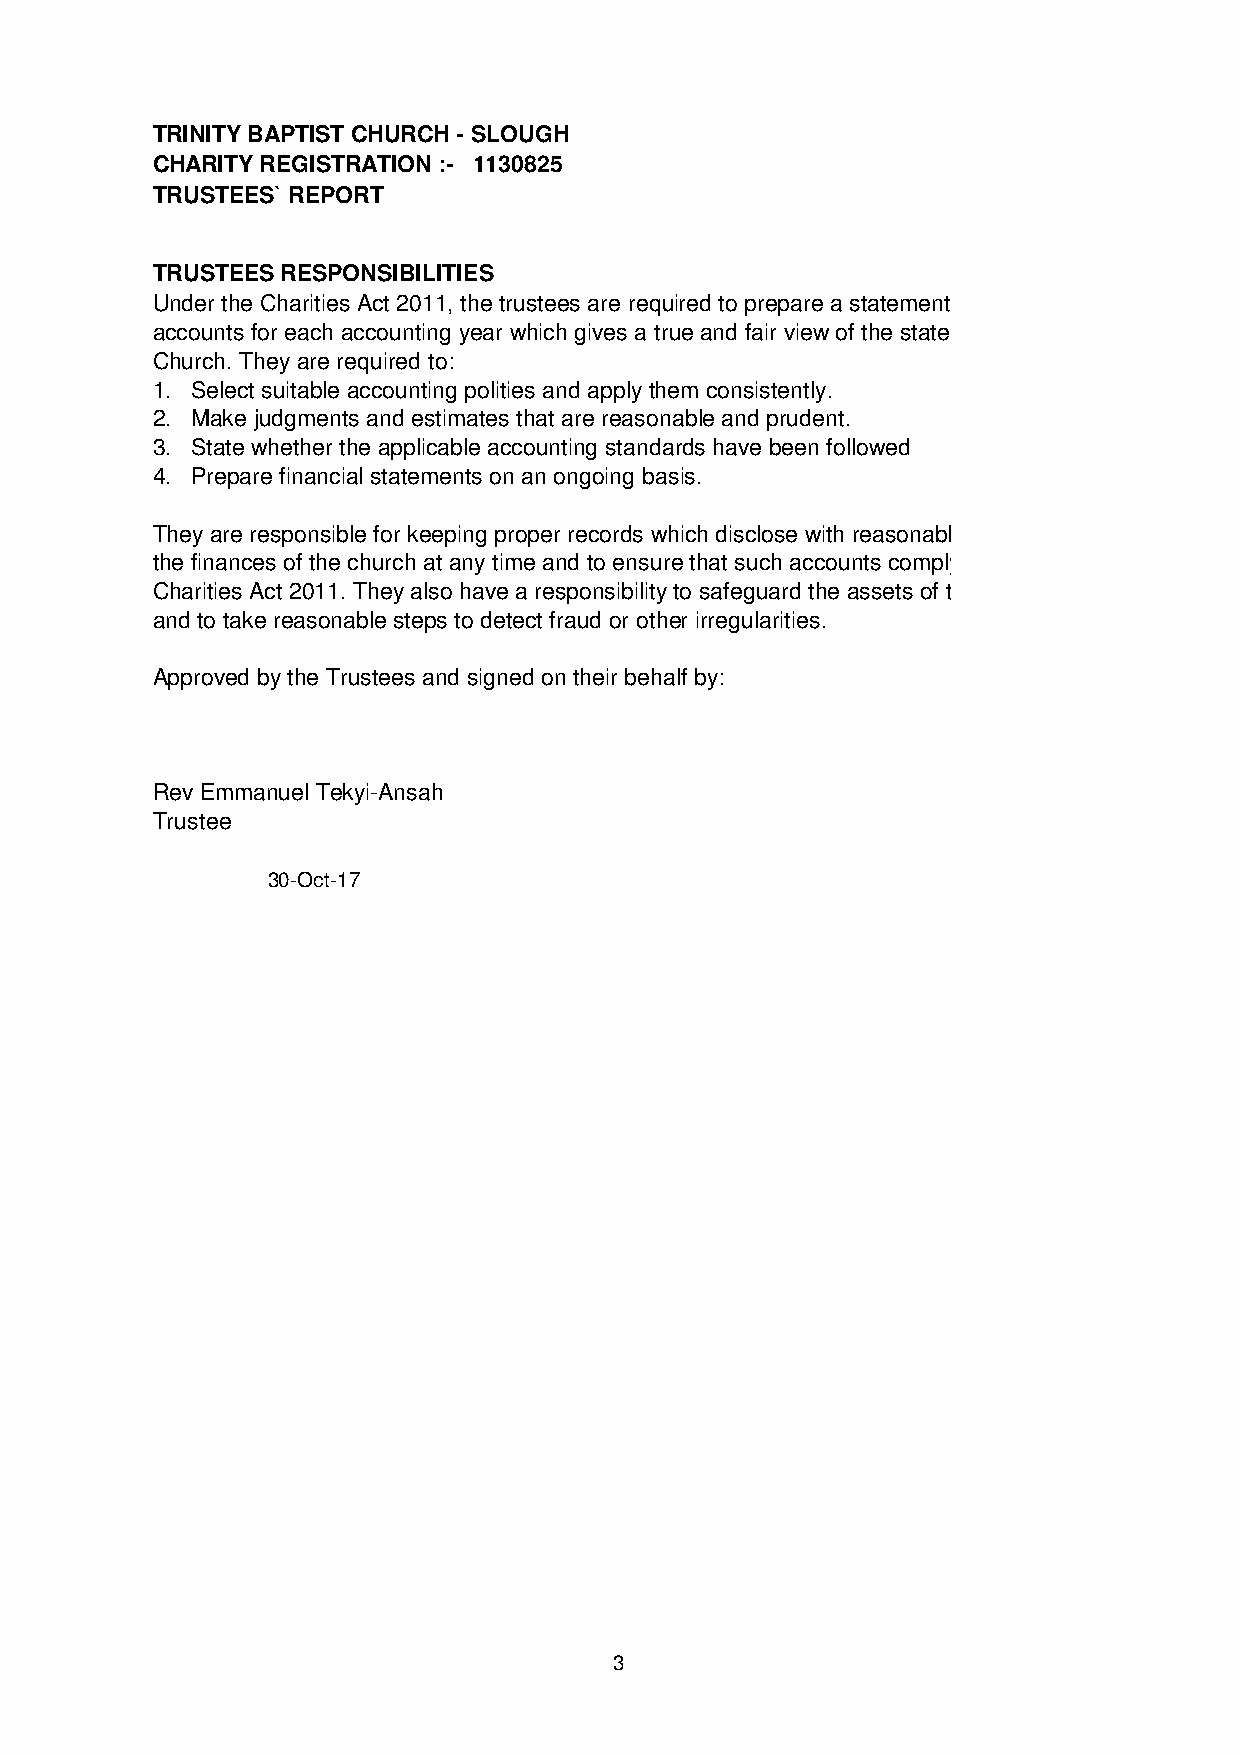
TRINITY BAPTIST CHURCH - SLOUGH
 CHARITY REGISTRATION :- 1130825
 TRUSTEES` REPORT
 TRUSTEES RESPONSIBILITIES
 Under the Charities Act 2011, the trustees are required to prepare a statement of
 accounts for each accounting year which gives a true and fair view of the state of the
 Church. They are required to:
 1. Select suitable accounting polities and apply them consistently.
 2. Make judgments and estimates that are reasonable and prudent.
 3. State whether the applicable accounting standards have been followed
 4. Prepare financial statements on an ongoing basis.
 They are responsible for keeping proper records which disclose with reasonable accuracy
 the finances of the church at any time and to ensure that such accounts comply with the
 Charities Act 2011. They also have a responsibility to safeguard the assets of the church
 and to take reasonable steps to detect fraud or other irregularities.
 Approved by the Trustees and signed on their behalf by:
 Rev Emmanuel Tekyi-Ansah
 Trustee
 30-Oct-17
 3